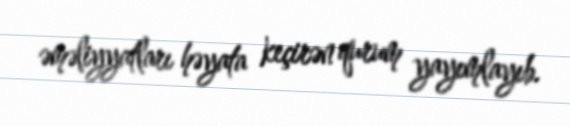
əməliyyatları həyata keçirən qurum yayımlayıb.